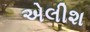
એલીશ